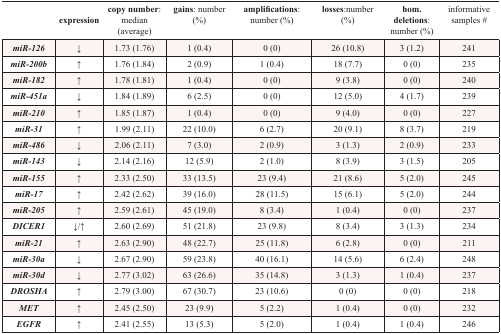
<table><thead><tr><td></td><td><b>expression</b></td><td><b>copy number: median (average)</b></td><td><b>gains: number (%)</b></td><td><b>amplifications: number (%)</b></td><td><b>losses:number (%)</b></td><td><b>hom. deletions: number (%)</b></td><td><b>informative samples #</b></td></tr></thead><tbody><tr><td><b><i>miR-126</i></b></td><td>↓</td><td>1.73 (1.76)</td><td>1 (0.4)</td><td>0 (0)</td><td>26 (10.8)</td><td>3 (1.2)</td><td>241</td></tr><tr><td><b><i>miR-200b</i></b></td><td>↑</td><td>1.76 (1.84)</td><td>2 (0.9)</td><td>1 (0.4)</td><td>18 (7.7)</td><td>0 (0)</td><td>235</td></tr><tr><td><b><i>miR-182</i></b></td><td>↑</td><td>1.78 (1.81)</td><td>1 (0.4)</td><td>0 (0)</td><td>9 (3.8)</td><td>0 (0)</td><td>240</td></tr><tr><td><b><i>miR-451a</i></b></td><td>↓</td><td>1.84 (1.89)</td><td>6 (2.5)</td><td>0 (0)</td><td>12 (5.0)</td><td>4 (1.7)</td><td>239</td></tr><tr><td><b><i>miR-210</i></b></td><td>↑</td><td>1.85 (1.87)</td><td>1 (0.4)</td><td>0 (0)</td><td>9 (4.0)</td><td>0 (0)</td><td>227</td></tr><tr><td><b><i>miR-31</i></b></td><td>↑</td><td>1.99 (2.11)</td><td>22 (10.0)</td><td>6 (2.7)</td><td>20 (9.1)</td><td>8 (3.7)</td><td>219</td></tr><tr><td><b><i>miR-486</i></b></td><td>↓</td><td>2.06 (2.11)</td><td>7 (3.0)</td><td>2 (0.9)</td><td>3 (1.3)</td><td>2 (0.9)</td><td>233</td></tr><tr><td><b><i>miR-143</i></b></td><td>↓</td><td>2.14 (2.16)</td><td>12 (5.9)</td><td>2 (1.0)</td><td>8 (3.9)</td><td>3 (1.5)</td><td>205</td></tr><tr><td><b><i>miR-155</i></b></td><td>↑</td><td>2.33 (2.50)</td><td>33 (13.5)</td><td>23 (9.4)</td><td>21 (8.6)</td><td>5 (2.0)</td><td>245</td></tr><tr><td><b><i>miR-17</i></b></td><td>↑</td><td>2.42 (2.62)</td><td>39 (16.0)</td><td>28 (11.5)</td><td>15 (6.1)</td><td>5 (2.0)</td><td>244</td></tr><tr><td><b><i>miR-205</i></b></td><td>↑</td><td>2.59 (2.61)</td><td>45 (19.0)</td><td>8 (3.4)</td><td>1 (0.4)</td><td>0 (0)</td><td>237</td></tr><tr><td><b><i>DICER1</i></b></td><td>↓/↑</td><td>2.60 (2.69)</td><td>51 (21.8)</td><td>23 (9.8)</td><td>8 (3.4)</td><td>3 (1.3)</td><td>234</td></tr><tr><td><b><i>miR-21</i></b></td><td>↑</td><td>2.63 (2.90)</td><td>48 (22.7)</td><td>25 (11.8)</td><td>6 (2.8)</td><td>0 (0)</td><td>211</td></tr><tr><td><b><i>miR-30a</i></b></td><td>↓</td><td>2.67 (2.90)</td><td>59 (23.8)</td><td>40 (16.1)</td><td>14 (5.6)</td><td>6 (2.4)</td><td>248</td></tr><tr><td><b><i>miR-30d</i></b></td><td>↓</td><td>2.77 (3.02)</td><td>63 (26.6)</td><td>35 (14.8)</td><td>3 (1.3)</td><td>1 (0.4)</td><td>237</td></tr><tr><td><b><i>DROSHA</i></b></td><td>↑</td><td>2.79 (3.00)</td><td>67 (30.7)</td><td>23 (10.6)</td><td>0 (0)</td><td>0 (0)</td><td>218</td></tr><tr><td><b><i>MET</i></b></td><td>↑</td><td>2.45 (2.50)</td><td>23 (9.9)</td><td>5 (2.2)</td><td>1 (0.4)</td><td>0 (0)</td><td>232</td></tr><tr><td><b><i>EGFR</i></b></td><td>↑</td><td>2.41 (2.55)</td><td>13 (5.3)</td><td>5 (2.0)</td><td>1 (0.4)</td><td>1 (0.4)</td><td>246</td></tr></tbody></table>